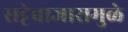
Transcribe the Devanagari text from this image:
सट्टेबाजारामुळे